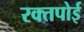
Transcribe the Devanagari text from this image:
रक्तपोई